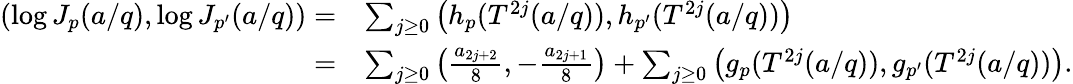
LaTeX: \begin{array}{rl}{\left(\log J_{p}(a/q),\log J_{p^{\prime}}(a/q)\right)=}&{\sum_{j\ge 0}\left(h_{p}(T^{2j}(a/q)),h_{p^{\prime}}(T^{2j}(a/q))\right)}\\ {=}&{\sum_{j\ge 0}\left(\frac{a_{2j+2}}{8},-\frac{a_{2j+1}}{8}\right)+\sum_{j\ge 0}\left(g_{p}(T^{2j}(a/q)),g_{p^{\prime}}(T^{2j}(a/q))\right).}\end{array}